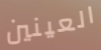
العينين